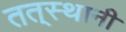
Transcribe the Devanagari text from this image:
तत्‌स्थानी